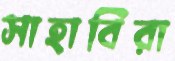
সাহাবিরা